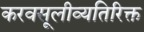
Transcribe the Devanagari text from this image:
करवसूलीव्यतिरिक्त